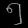
Digit: ၅